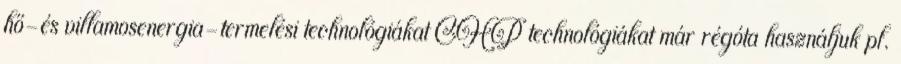
hő-és villamosenergia-termelési technológiákat CHP technológiákat már régóta használjuk pl.